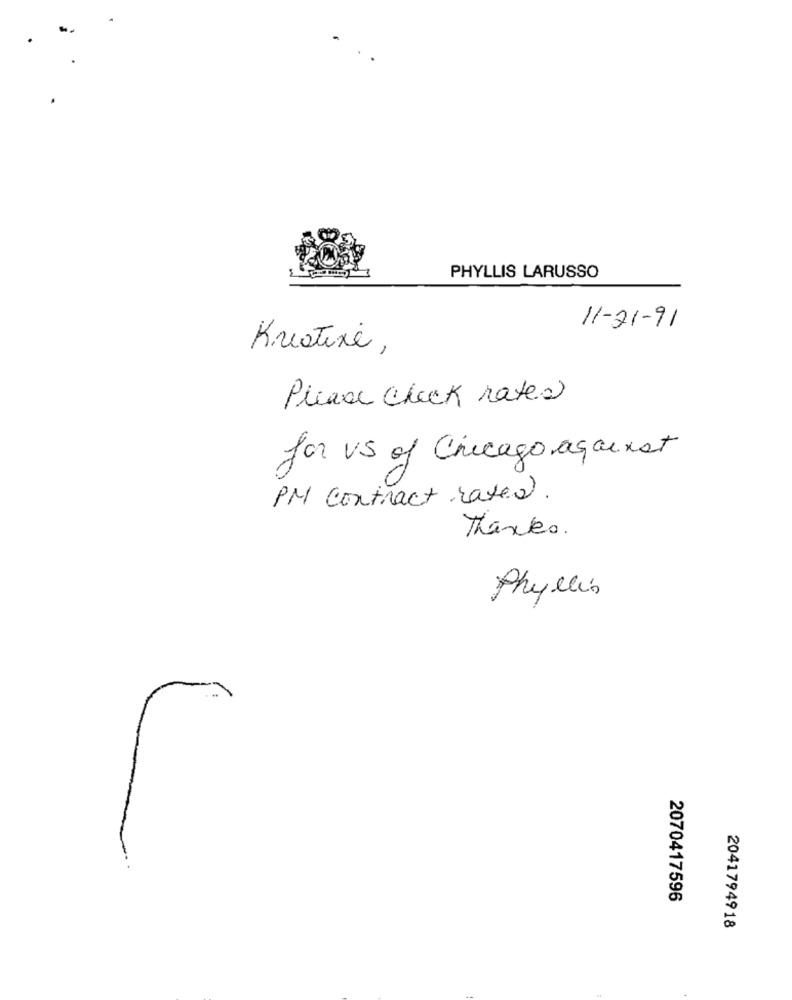
PHYLLIS LARUSSO
11-21-91
Kreatine,
Please check rates
for vs of Chicago against
PM contract rated.
Thanks.
Phyllis
2070417596
2041794918